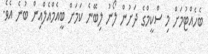
ބެހެއްޓުމަށް މި ސްކީމްގެ ދަށުން ލޯނު ލިބޭނެ ކަމަށް ބީއެމްއެލްއިން ބުނެ އެެވެ.